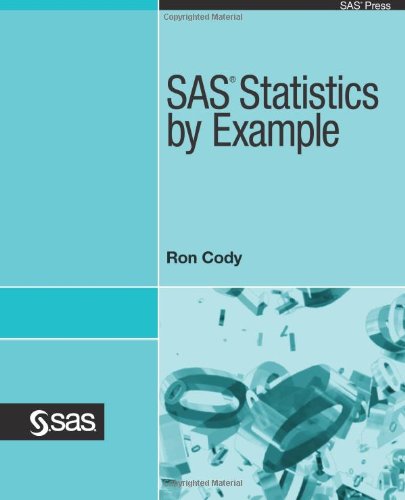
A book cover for SAS Statistics by Example; Ron Cody; Computers & Technology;